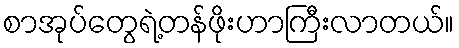
စာအုပ်တွေရဲ့တန်ဖိုးဟာကြီးလာတယ်။